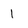
Character: 1